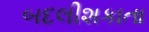
બદલીશકાતા